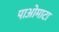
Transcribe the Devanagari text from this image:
पाओमाटा